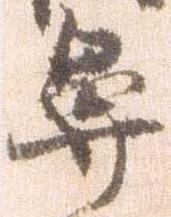
鼻